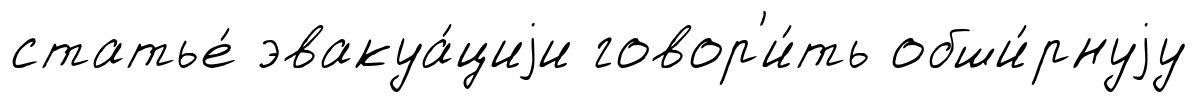
статье́ эвакуа́циjи говор'и́ть обши́рнуjу